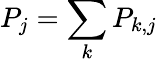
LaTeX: P_{j}=\sum_{k}P_{k,j}